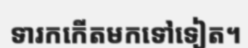
ទារកកើតមកទៅទៀត។